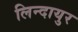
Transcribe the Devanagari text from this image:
लिन्दायुर